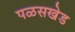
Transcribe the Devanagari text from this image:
पळसखेड